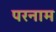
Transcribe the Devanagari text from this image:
परनाम